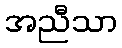
အညီသာ